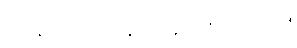
ဒိုင်နမိုလည်း နည်းနည်းထိသည်။